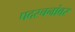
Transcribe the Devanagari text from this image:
पदरचनांवर